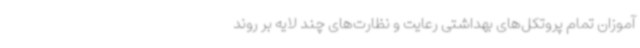
آموزان تمام پروتکل‌های بهداشتی رعایت و نظارت‌های چند لایه بر روند